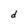
Character: d